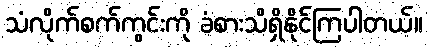
သံလိုက်စက်ကွင်းကို ခံစားသိရှိနိုင်ကြပါတယ်။